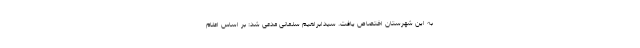
به این شهرستان اختصاص یافت. سیدابراهیم سلمانی مدعی شد: بر اساس اعلام